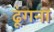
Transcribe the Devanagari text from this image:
ढूंगना